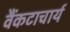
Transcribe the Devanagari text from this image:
वैंकटाचार्य